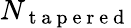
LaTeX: N_{\mathrm{~t~a~p~e~r~e~d~}}